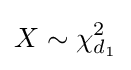
X\sim \chi _{d_{1}}^{2}